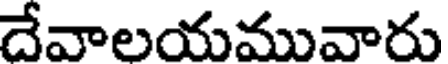
దేవాలయమువారు